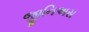
જીનિઅસ